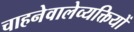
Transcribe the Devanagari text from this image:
चाहनेवालेव्यक्तियों